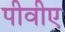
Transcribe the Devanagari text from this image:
पीवीए